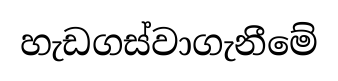
හැඩගස්වාගැනීමේ